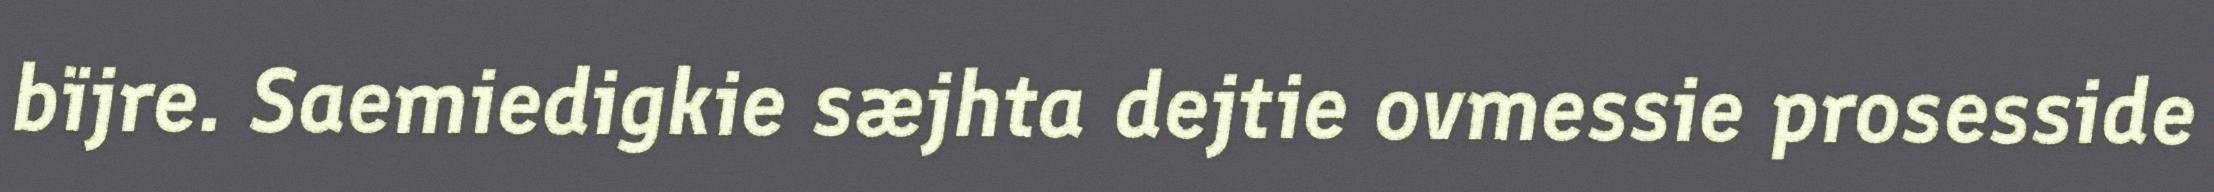
bïjre. Saemiedigkie sæjhta dejtie ovmessie prosesside